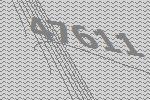
47611